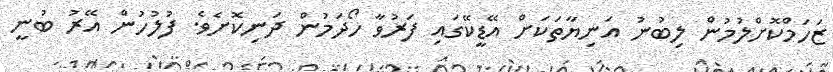
ޒަހަމްކޮށްލުމުން ލިބުނު އަނިޔާތަކަށް އޭޑީކޭގައި ފަރުވާ ހޯދަމުން ދަނިކޮށެވެ. ފުލުހުން އޭރު ބުނީ